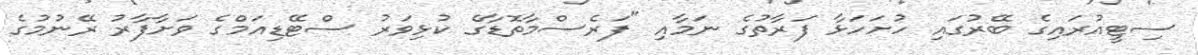
ސިޓީއުރައިގެ ބޭރުގައި ހުށަހަޅާ ފަރާތުގެ ނަމާއި "ފަރެސްމާތޮޑާގެ ކުޅިވަރު ސްޓޭޑިއަމްގެ ވަށާފާރު ރޭނުމުގެ